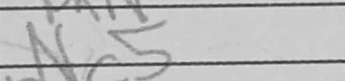
Transcription: Nc5